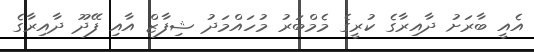
އެއީ ބާރަށު ދާއިރާގެ ކުރީގެ މެމްބަރު މުހައްމަދު ޝިފާޒް އާއި ފޭދޫ ދާއިރާގެ